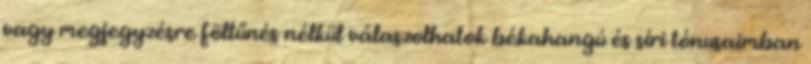
vagy megjegyzésre föltűnés nélkül válaszolhatok békahangú és síri tónusaimban